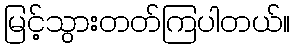
မြင့်သွားတတ်ကြပါတယ်။